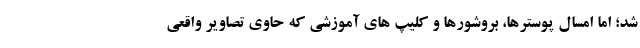
شد؛ اما امسال پوسترها، بروشورها و کلیپ های آموزشی که حاوی تصاویر واقعی